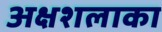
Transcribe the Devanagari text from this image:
अक्षशलाका